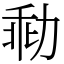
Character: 㔞